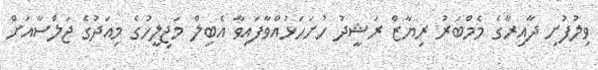
ވިލުފުށި ދާއިރާގެ މެމްބަރު ރިޔާޒް ރަޝީދު ހުށަހަޅުއްވާފައިވާ އެބިލް މަޖިލީހުގެ މިއަދުގެ ޖަލްސާއަށް